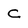
Character: C